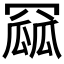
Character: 𮊏